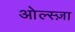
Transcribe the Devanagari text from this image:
ओल्स्ज़ा